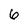
Character: 6